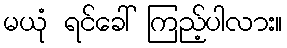
မယုံ ရင်ခေါ် ကြည့်ပါလား။